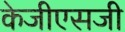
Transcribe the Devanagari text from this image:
केजीएसजी